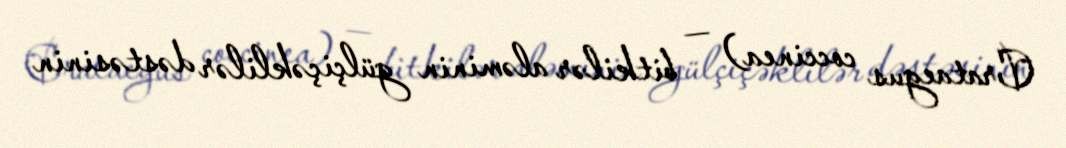
Crataegus coccinea) — bitkilər aləminin gülçiçəklilər dəstəsinin